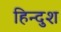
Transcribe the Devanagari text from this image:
हिन्दुश